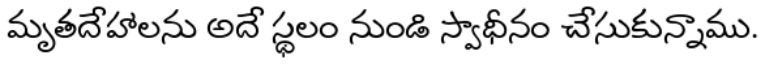
మృతదేహాలను అదే స్థలం నుండి స్వాధీనం చేసుకున్నాము.